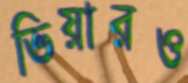
ভিয়ারও